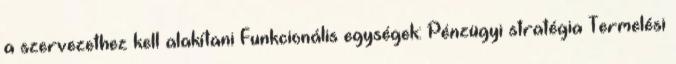
a szervezethez kell alakítani Funkcionális egységek: Pénzügyi stratégia Termelési